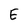
Character: E